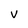
Character: V